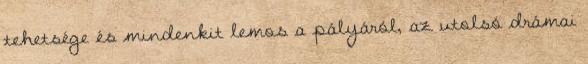
tehetsége és mindenkit lemos a pályáról, az utolsó drámai